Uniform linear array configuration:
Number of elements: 8
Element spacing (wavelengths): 0.5
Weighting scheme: blackman
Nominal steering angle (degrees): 60
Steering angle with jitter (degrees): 61.968
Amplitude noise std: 0.05
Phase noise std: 0.05

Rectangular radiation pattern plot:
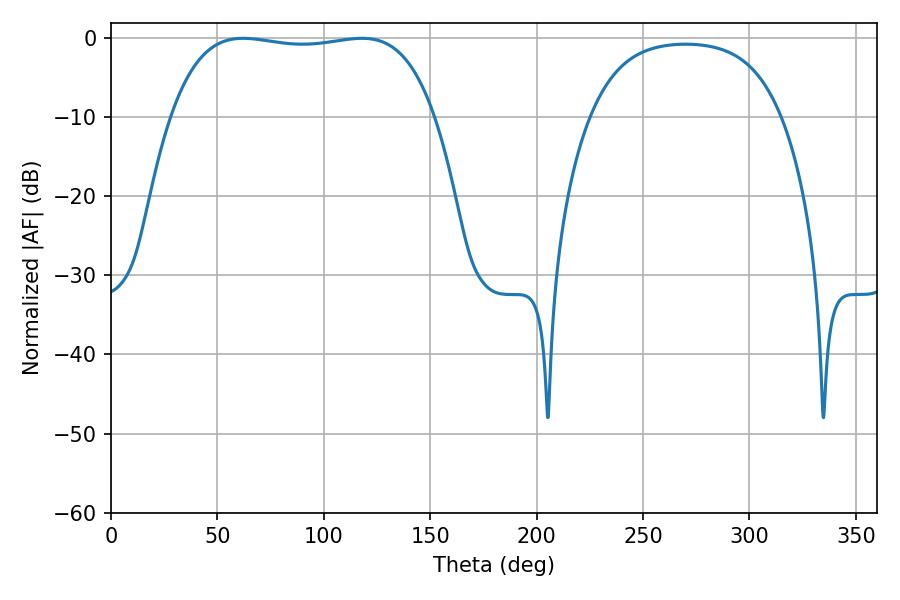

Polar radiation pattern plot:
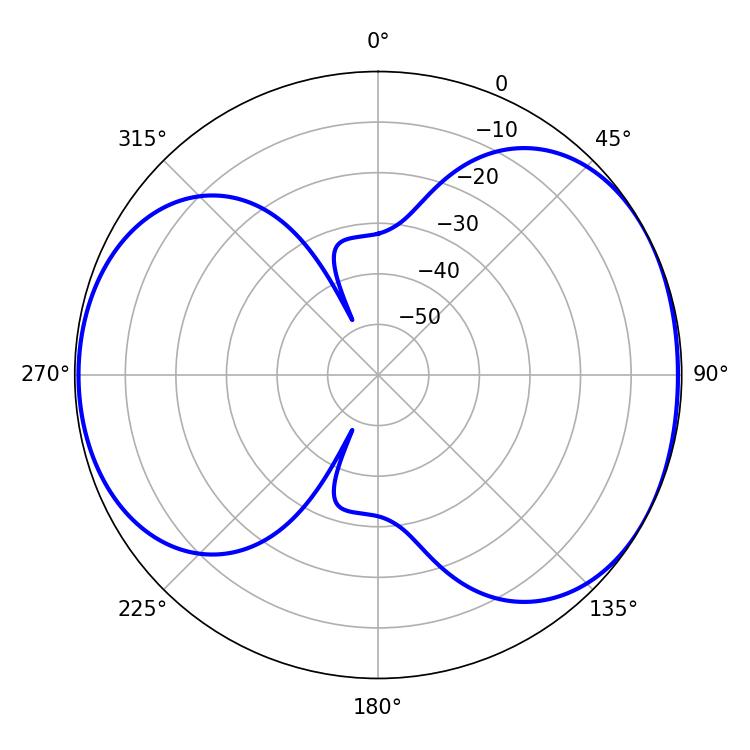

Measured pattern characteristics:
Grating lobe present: FALSE
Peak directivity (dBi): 5.331
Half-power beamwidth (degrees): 98.64
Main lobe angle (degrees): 62.1